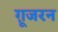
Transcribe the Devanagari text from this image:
ग़ूजरन